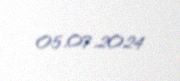
05.07.2024